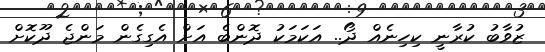
ޒުވާބު ކުރާނީ ކިހިނެއް ދޯ.. އަކަމަކު ދޮންބެ އަށް އެގިގެން މަންޖެ ދޫކޮށް